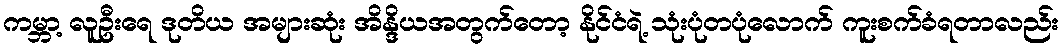
ကမ္ဘာ့ လူဦးရေ ဒုတိယ အများဆုံး အိန္ဒိယအတွက်တော့ နိုင်ငံရဲ့ သုံးပုံတပုံလောက် ကူးစက်ခံရတာလည်း